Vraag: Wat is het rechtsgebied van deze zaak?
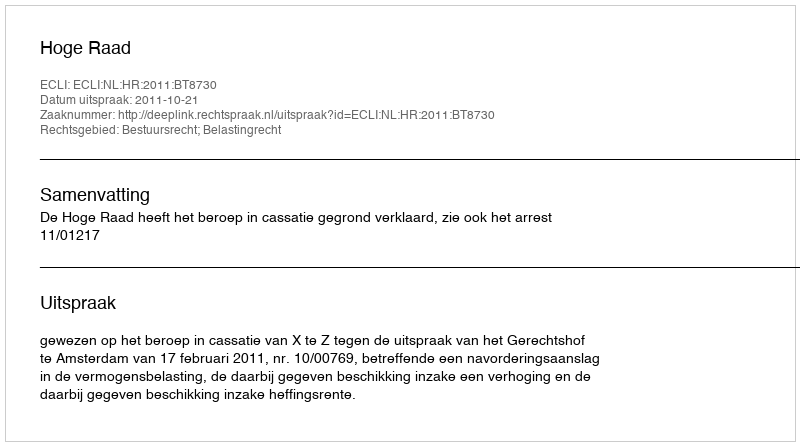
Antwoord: Bestuursrecht; Belastingrecht